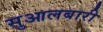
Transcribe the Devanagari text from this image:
सुआलबारी